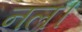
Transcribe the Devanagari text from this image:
नल।